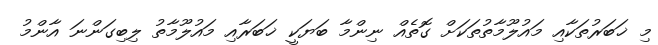
މި ޚަބަރުތަކާއި މައުލޫމާތުތަކަށް ގޮތެއް ނިންމާ ބަޔަކީ ޚަބަރާއި މައުލޫމާތު ލިބިގަންނަ އާންމު